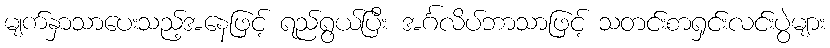
မျက်နှာသာပေးသည့်အနေဖြင့် ရည်ရွယ်ပြီး အင်္ဂလိပ်ဘာသာဖြင့် သတင်းစာရှင်းလင်းပွဲများ